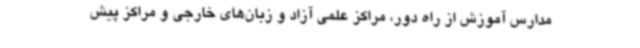
مدارس آموزش از راه دور، مراکز علمی آزاد و زبان‌های خارجی و مراکز پیش